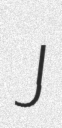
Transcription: J